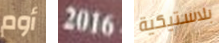
أوم 2016 بلاستيكية